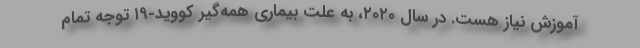
آموزش نیاز هست. در سال ۲۰۲۰، به علت بیماری همه‌گیر کووید-۱۹ توجه تمام